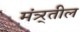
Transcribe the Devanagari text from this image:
मंत्र्र्तील